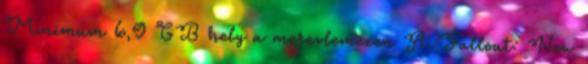
Minimum 6,9 GB hely a merevlemezen A Fallout: New